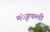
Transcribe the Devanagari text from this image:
मंूगफली